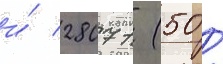
и́ 28071 (50 /